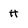
Character: H